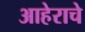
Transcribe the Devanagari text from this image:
आहेराचे